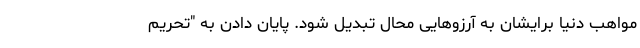
مواهب دنیا برایشان به آرزوهایی محال تبدیل شود. پایان دادن به "تحریم